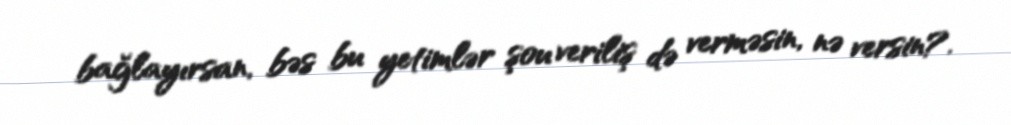
bağlayırsan, bəs bu yetimlər şou veriliş də verməsin, nə versin?.